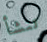
تنشأ